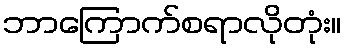
ဘာကြောက်စရာလိုတုံး။